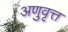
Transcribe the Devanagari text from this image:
अणुवृत्त